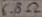
Text: 6.8Ω